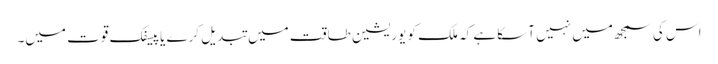
اس کی سمجھ میں نہیں آسکا ہے کہ ملک کو یوریشین طاقت میں تبدیل کرے یا پیسفک قوت میں۔